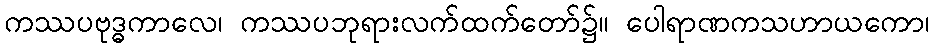
ကဿပဗုဒ္ဓကာလေ၊ ကဿပဘုရားလက်ထက်တော်၌။ ပေါရာဏကသဟာယကော၊